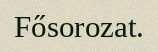
Fősorozat.